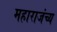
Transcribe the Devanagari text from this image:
महाराजंच्य